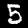
Label: 5